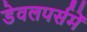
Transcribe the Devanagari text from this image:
डेवलपर्समें